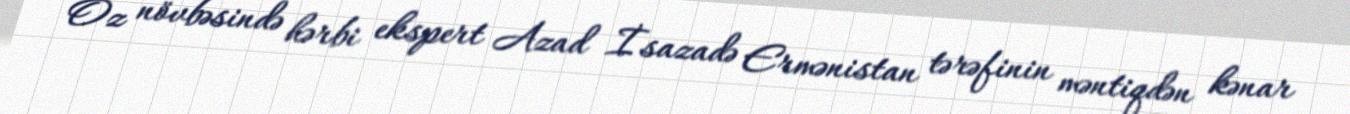
Öz növbəsində hərbi ekspert Azad İsazadə Ermənistan tərəfinin məntiqdən kənar